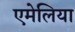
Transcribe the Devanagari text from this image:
एमेलिया